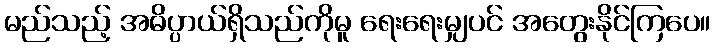
မည်သည့် အဓိပ္ပာယ်ရှိသည်ကိုမူ ရေးရေးမျှပင် အတွေးနိုင်ကြပေ။